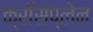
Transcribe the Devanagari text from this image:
क्रॉसप्लेन